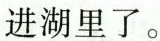
进湖里了。